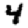
Digit: 4